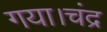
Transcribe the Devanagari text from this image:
गया।चंद्र